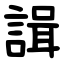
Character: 諿